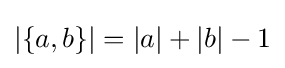
|\{a,b\}|=|a|+|b|-1